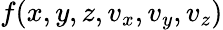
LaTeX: f(x,y,z,v_{x},v_{y},v_{z})